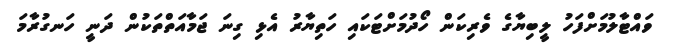
ވައްޓާލުމަށްފަހު ލީބިޔާގެ ވެރިކަން ހޯދުމަށްޓަކައި ހަތިޔާރު އެޅި ގިނަ ޖަމާއަތްތަކުން ދަނީ ހަނގުރާމަ